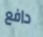
دافع